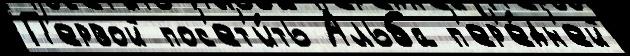
П'ервой пос'ет'и́ть Альба п'ер'е́дн'ей